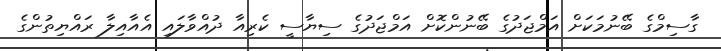
ގާސިމްގެ ބޭނުމަކަށް އަމްޖަދުގެ ބޭނުންކޮށް އަމްޖަދުގެ ސިޔާސީ ކެރިއާ ދުއްވާލައި އެއާއިލާ ރައްޔިތުންގެ